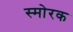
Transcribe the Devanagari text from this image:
स्माेरक